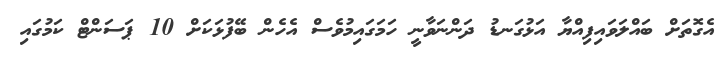
އެގޮތަށް ބައްލަވައިފިއްޔާ އަޅުގަނޑު ދަންނަވާނީ ހަމަގައިމުވެސް އެހެން ބޭފުޅަކަށް 10 ޕަސަންޓް ކަމުގައި